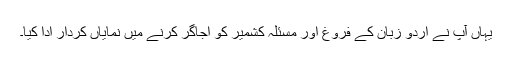
یہاں آپ نے اردو زبان کے فروغ اور مسئلہ کشمیر کو اجاگر کرنے میں نمایاں کردار ادا کیا۔